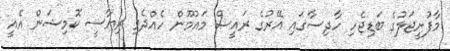
މާފުށީޖަލުގެ ބަޑިޖެހި ހާދިސާގައި އޭރުގެ ރައީސް މައުމޫން ހެއްދެވި ރިޔާސީ ކޮމިޝަން އެއީ